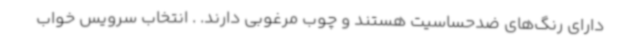
دارای رنگ‌های ضدحساسیت هستند و چوب مرغوبی دارند. . انتخاب سرویس خواب